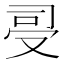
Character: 𠭈